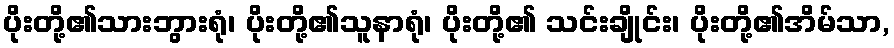
ပိုးတို့၏သားဘွားရုံ၊ ပိုးတို့၏သူနာရုံ၊ ပိုးတို့၏ သင်းချိုင်း၊ ပိုးတို့၏အိမ်သာ,